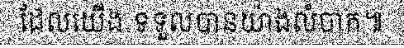
ដែលយើង ទទួលបានយ៉ាងលំបាក៕